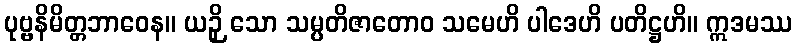
ပုဗ္ဗနိမိတ္တဘာဝေန။ ယဉှိ သော သမ္ပတိဇာတောဝ သမေဟိ ပါဒေဟိ ပတိဋ္ဌဟိ။ ဣဒမဿ